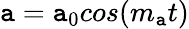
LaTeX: \mathtt{a}=\mathtt{a}_{0}cos(m_{\mathtt{a}}t)